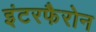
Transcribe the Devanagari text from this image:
इंटरफैरोन